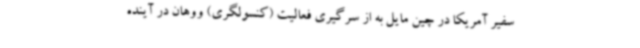
سفیر آمریکا در چین مایل به از سرگیری فعالیت (کنسولگری) ووهان در آینده